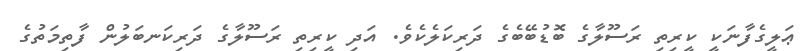
ޢަލީގެފާނަކީ ކީރިތި ރަސޫލާގެ ބޮޑުބޭބެގެ ދަރިކަލެކެވެ. އަދި ކީރިތި ރަސޫލާގެ ދަރިކަނބަލުން ފާތިމަތުގެ